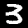
Digit: 3